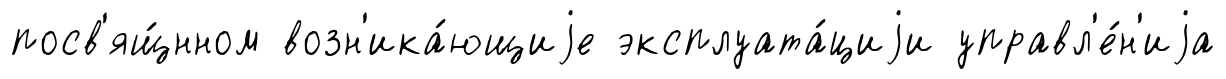
посв'ящ́нном возн'ика́ющиjе эксплуата́циjи управл'е́н'иjа